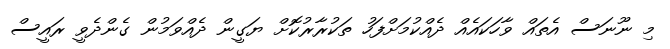
މި ނޫނަސް އެތައް ވާހަކައެއް ދެއްކުމަށްފަހު ތަކުރާރުކޮށް ޔަގީން ދެއްވަމުން ގެންދެވީ ރައީސް